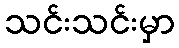
သင်းသင်းမှာ